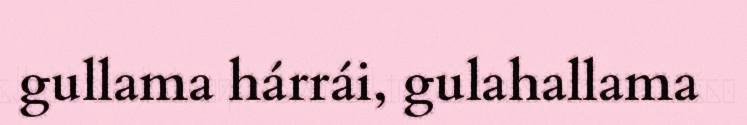
gullama hárrái, gulahallama